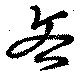
吝